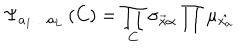
LaTeX: \Psi _ { a _ { 1 } \ldots a _ { L } } \left( C \right) = \prod _ { C } { \sigma _ { \vec { x } \alpha } } \prod { \mu _ { \hat { x _ { a } } } }